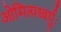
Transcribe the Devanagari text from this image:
ओमित्यध्वर्युः